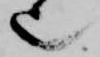
也